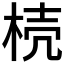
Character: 𣓘